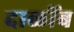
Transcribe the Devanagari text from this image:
दाळींब